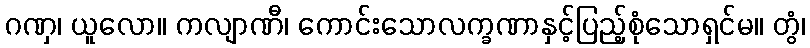
ဂဏှ၊ ယူလော။ ကလျာဏီ၊ ကောင်းသောလက္ခဏာနှင့်ပြည့်စုံသောရှင်မ။ တွံ၊